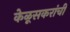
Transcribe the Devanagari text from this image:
केळूसकरांची